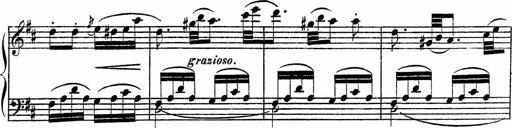
Title: Piano Sonatinas
Composer: Charles Fradel